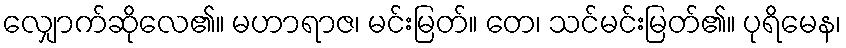
လျှောက်ဆိုလေ၏။ မဟာရာဇ၊ မင်းမြတ်။ တေ၊ သင်မင်းမြတ်၏။ ပုရိမေန၊